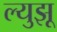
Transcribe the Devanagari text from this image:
ल्युझू